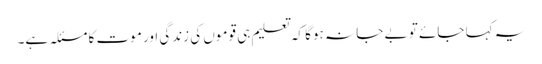
یہ کہا جائے تو بے جا نہ ہوگا کہ تعلیم ہی قوموں کی زندگی اور موت کا مسئلہ ہے۔